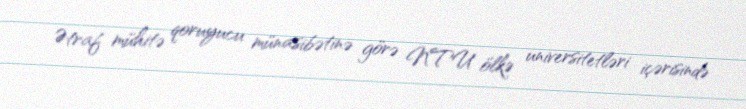
Ətraf mühitə qoruyucu münasibətinə görə NTU ölkə universitetləri içərisində